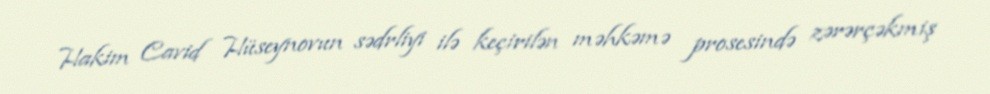
Hakim Cavid Hüseynovun sədrliyi ilə keçirilən məhkəmə prosesində zərərçəkmiş